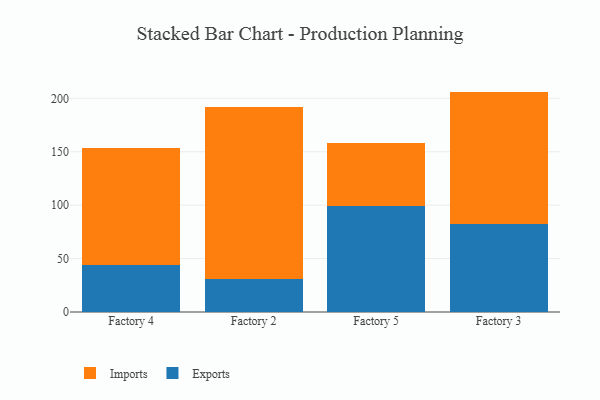
{"axis": {"x": "Factory", "y": "Active Users"}, "legend": ["Exports", "Imports"], "data": [{"x": "Factory 4", "y": 44.3, "type": "Exports"}, {"x": "Factory 4", "y": 109.5, "type": "Imports"}, {"x": "Factory 2", "y": 31.2, "type": "Exports"}, {"x": "Factory 2", "y": 160.8, "type": "Imports"}, {"x": "Factory 5", "y": 99.5, "type": "Exports"}, {"x": "Factory 5", "y": 58.3, "type": "Imports"}, {"x": "Factory 3", "y": 82.3, "type": "Exports"}, {"x": "Factory 3", "y": 124.0, "type": "Imports"}]}